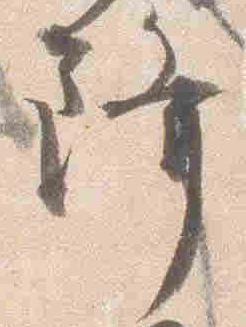
降